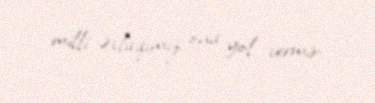
milli əxlaqımız ona yol vermir.